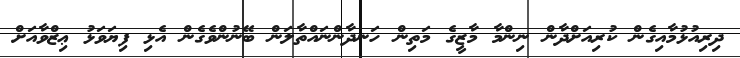
ދިރިއުޅުމާއިގެން ކުރިއަށްދާން ނިންމާ މާޒީގެ މަތިން ހަނދާންނައްތާލަން ބޭނުންވެގެން އެޅި ފިޔަވަޅު ޢިޒްވާއަށް